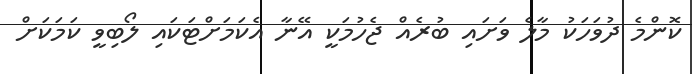
ކޮންމެ ދުވަހަކު މާލެ ވަށައި ބުރެއް ޖެހުމަކީ އޭނާ އެކަމަށްޓަކައި ލޯބިވީ ކަމަކަށް